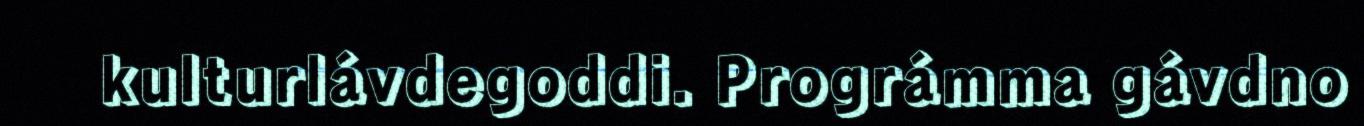
kulturlávdegoddi. Prográmma gávdno